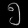
Digit: ၅